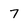
Character: 7